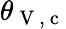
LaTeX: \theta_{\mathrm{~V~,~c~}}